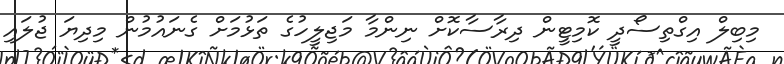
މިބިލް އިގްތިސޯދީ ކޮމިޓީން ދިރާސާކޮށް ނިންމާ މަޖިލީހުގެ ތަޅުމަށް ގެނައުމުން މިދިޔަ ޖުލައި